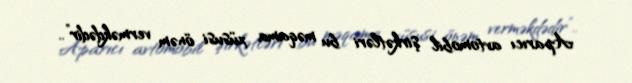
Aparıcı avtomobil şirkətləri bu məqama xüsusi önəm verməkdədir”..